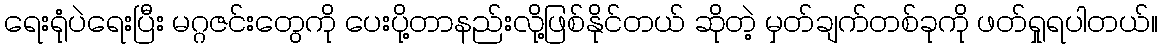
ရေးရုံပဲရေးပြီး မဂ္ဂဇင်းတွေကို ပေးပို့တာနည်းလို့ဖြစ်နိုင်တယ် ဆိုတဲ့ မှတ်ချက်တစ်ခုကို ဖတ်ရှုရပါတယ်။